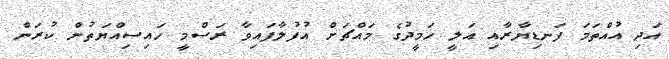
އަދި އުއްތަމަ ފަނޑިޔާރާއި އަލީ ހަމީދުގެ މައްޗަށް އުފުލާފައިވާ ރަސްމީ ހައިސިއްޔަތުން ކުރަން